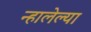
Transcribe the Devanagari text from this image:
न्हालेल्या